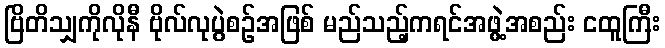
ဗြိတိသျှကိုလိုနီ ဗိုလ်လုပွဲစဉ်အဖြစ် မည်သည့်ကရင်အဖွဲ့အစည်း ငထူကြီး